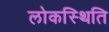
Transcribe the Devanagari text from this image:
लोकस्थिति